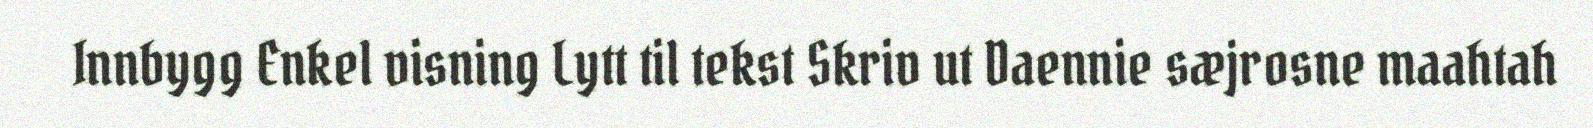
Innbygg Enkel visning Lytt til tekst Skriv ut Daennie sæjrosne maahtah